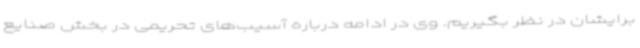
برایشان در نظر بگیریم. وی در ادامه درباره آسیب‌های تحریمی در بخش صنایع